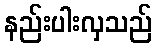
နည်းပါးလှသည်